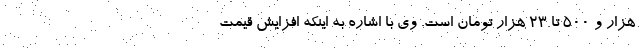
هزار و ۵۰۰ تا ۲۳ هزار تومان است. وی با اشاره به اینکه افزایش قیمت